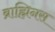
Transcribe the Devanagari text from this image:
ब्राह्मिनस